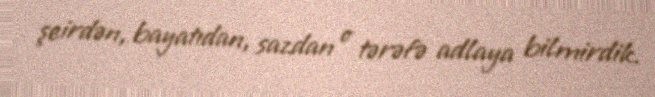
şeirdən, bayatıdan, sazdan o tərəfə adlaya bilmirdik.